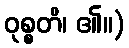
ဝုစ္စတိ၊ ၏။)